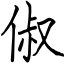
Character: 俶